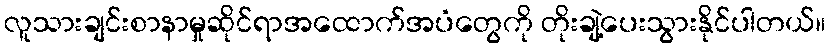
လူသားချင်းစာနာမှုဆိုင်ရာအထောက်အပံတွေကို တိုးချဲ့ပေးသွားနိုင်ပါတယ်။